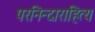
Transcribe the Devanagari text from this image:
परनिन्दाराहित्य